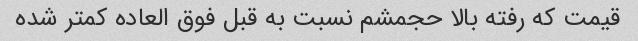
قیمت که رفته بالا حجمشم نسبت به قبل فوق العاده کمتر شده